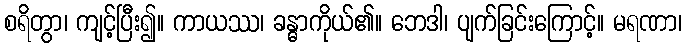
စရိတွာ၊ ကျင့်ပြီး၍။ ကာယဿ၊ ခန္ဓာကိုယ်၏။ ဘေဒါ၊ ပျက်ခြင်းကြောင့်။ မရဏာ၊